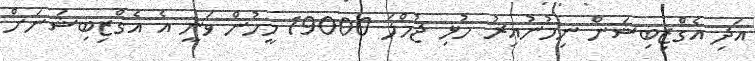
އަދި އެގްޒިބިޝަން ނިމުނުއިރު މުޅި ޖުމްލަ 19000 މީހުން ވަނީ އެ އެގްޒިބިޝަނަށް